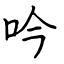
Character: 吟